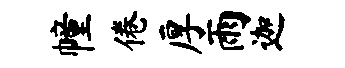
幢倦厚雨迦